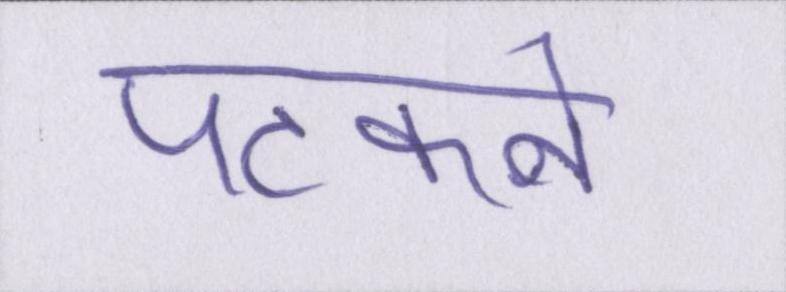
पटकने